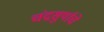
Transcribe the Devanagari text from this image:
चंद्रसुर्याचे